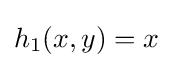
h_{1}(x,y)=x